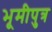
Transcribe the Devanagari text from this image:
भूमीपुत्र